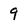
Character: 9